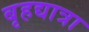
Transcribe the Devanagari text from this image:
बृहद्यात्रा